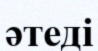
әтеді